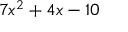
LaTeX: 7 { { x } ^ { 2 } } + 4 x - 1 0